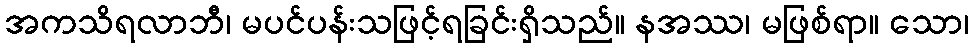
အကသိရလာဘီ၊ မပင်ပန်းသဖြင့်ရခြင်းရှိသည်။ နအဿ၊ မဖြစ်ရာ။ သော၊